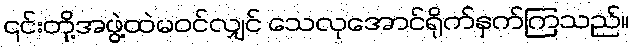
၎င်းတို့အဖွဲ့ထဲမဝင်လျှင် သေလုအောင်ရိုက်နှက်ကြသည်။